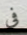
فى